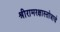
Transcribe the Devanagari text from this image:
श्रीरामरक्षास्तोत्राचे